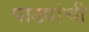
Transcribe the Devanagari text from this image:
पाड्यांची